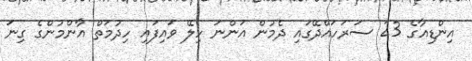
އިންޑިއާގެ 23 ސަރަހައްދޭގައި ދެމުން އަންނަ ހިލޭ ވައިފައި ހިދުމަތް އާންމުންގެ ގިނަ